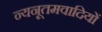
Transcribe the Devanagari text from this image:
न्यनूतमवादियों